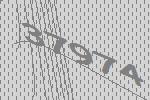
37974